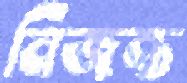
নিজন্ত